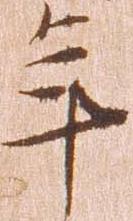
年